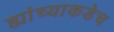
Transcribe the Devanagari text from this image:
ह्यांच्याकडेच